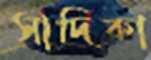
সাদিকা